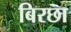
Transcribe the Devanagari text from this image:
बिरछा